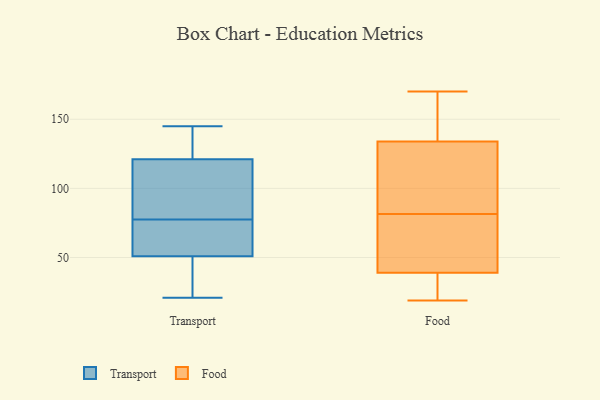
{"axis": {"x": "LTV (USD)", "y": "Value"}, "legend": ["Food", "Transport"], "data": [{"x": "", "y": 51, "type": "Transport"}, {"x": "", "y": 121, "type": "Transport"}, {"x": "", "y": 78, "type": "Transport"}, {"x": "", "y": 23, "type": "Transport"}, {"x": "", "y": 77, "type": "Transport"}, {"x": "", "y": 21, "type": "Transport"}, {"x": "", "y": 138, "type": "Transport"}, {"x": "", "y": 145, "type": "Transport"}, {"x": "", "y": 70, "type": "Transport"}, {"x": "", "y": 116, "type": "Transport"}, {"x": "", "y": 170, "type": "Food"}, {"x": "", "y": 82, "type": "Food"}, {"x": "", "y": 134, "type": "Food"}, {"x": "", "y": 93, "type": "Food"}, {"x": "", "y": 31, "type": "Food"}, {"x": "", "y": 63, "type": "Food"}, {"x": "", "y": 145, "type": "Food"}, {"x": "", "y": 39, "type": "Food"}, {"x": "", "y": 39, "type": "Food"}, {"x": "", "y": 19, "type": "Food"}, {"x": "", "y": 134, "type": "Food"}, {"x": "", "y": 81, "type": "Food"}]}